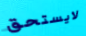
لايستحق